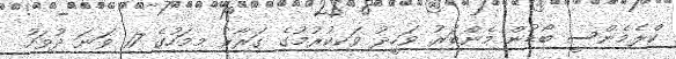
ކްލެމެންސީ ބޯޑުން މެންބަރު ވަހީދު ވަކިކުރުމުގެ ގަރާރު މިމަހުގެ 17 ވަނަ ދުވަހު